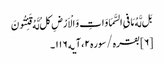
بَل لَّهُ مَا فیِ السَّمَاوَاتِ وَ الْاَرْضِ کلُ‌ لَّهُ قَنِتُونَ ‌
[۶] بقره/سوره۲، آیه۱۱۶۔